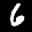
Label: 6